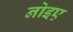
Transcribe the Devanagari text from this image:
नोइए